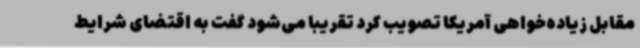
مقابل زیاده‌خواهی آمریکا تصویب کرد تقریبا می‌شود گفت به اقتضای شرایط